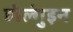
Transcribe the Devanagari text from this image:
होल्गुंइन